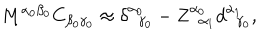
M ^ { \alpha _ { 0 } \beta _ { 0 } } C _ { \beta _ { 0 } \gamma _ { 0 } } \approx \delta _ { \; \; \gamma _ { 0 } } ^ { \alpha _ { 0 } } - Z _ { \; \; \alpha _ { 1 } } ^ { \alpha _ { 0 } } d _ { \; \; \gamma _ { 0 } } ^ { \alpha _ { 1 } } ,